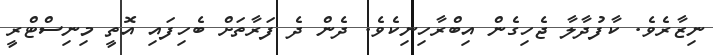
ނިޒާރެވެ. ކާފުދާލާ ޖެހިގެން އިބްރާހިނިކެވެ. ދެން ދެ ފަރާތަށް ބެހިފައި އޮތީ މިނިސްޓްރީ